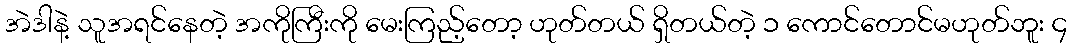
အဲဒါနဲ့ သူအရင်နေတဲ့ အကိုကြီးကို မေးကြည့်တော့ ဟုတ်တယ် ရှိတယ်တဲ့ ၁ ကောင်တောင်မဟုတ်ဘူး ၄